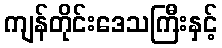
ကျန်တိုင်းဒေသကြီးနှင့်